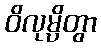
ဝိလုမ္ပိတွာ